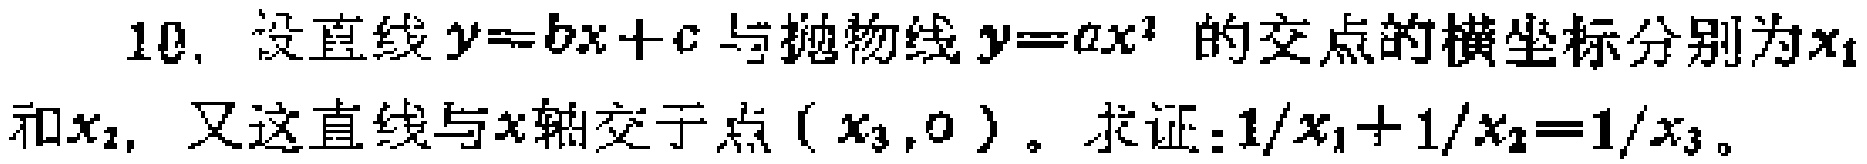
10. 设直线\(y = bx + c\)与抛物线\(y = ax^{2}\)的交点的横坐标分别为\(x_{1}\)和\(x_{2}\)，又这直线与\(x\)轴交于点\((x_{3},0)\)。求证：\(1/x_{1}+1/x_{2}=1/x_{3}\)。